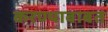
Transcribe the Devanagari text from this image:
करण्‍याबाबत